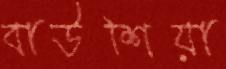
বাউশিয়া